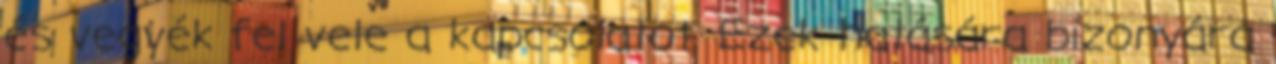
és vegyék fel vele a kapcsolatot. Ezek hatására bizonyára